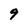
Character: 9